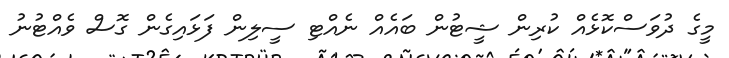
މީގެ ދުވަސްކޮޅެއް ކުރިން ޝީޓުން ބައެއް ނެއްޓި ސީލިން ފަޅައިގެން ގޮސް ވެއްޓުނު